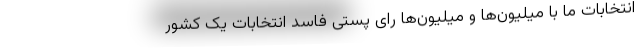
انتخابات ما با میلیون‌ها و میلیون‌ها رای پستی فاسد انتخابات یک کشور